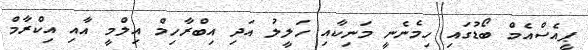
ޕީއެސްއެމް ބޯޑުގައި ހިމެނެނީ މަނިކާއި ހަލީލު އަދި އިބްރާހިމް އިލްމީ އާއި އިކްރާމް